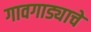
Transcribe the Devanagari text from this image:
गावगाड्याचे